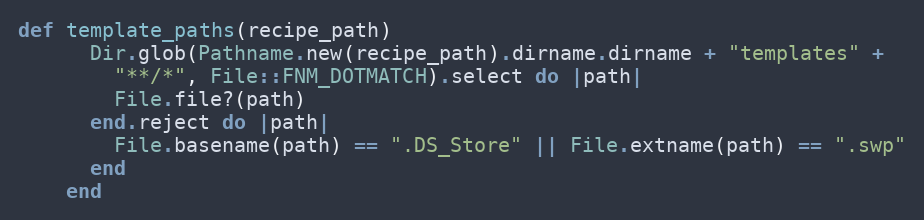
Language: Ruby
def template_paths(recipe_path)
      Dir.glob(Pathname.new(recipe_path).dirname.dirname + "templates" +
        "**/*", File::FNM_DOTMATCH).select do |path|
        File.file?(path)
      end.reject do |path|
        File.basename(path) == ".DS_Store" || File.extname(path) == ".swp"
      end
    end